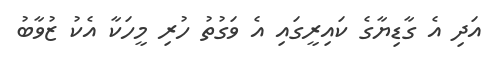
އަދި އެ ގާޑިޔާގެ ކައިރީގައި އެ ވަގުތު ހުރި މީހަކާ އެކު ޒުވާބު